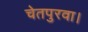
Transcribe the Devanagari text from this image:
चेतपुरवा।